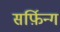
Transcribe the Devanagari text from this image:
सर्फ़िन्ग